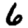
Digit: 6